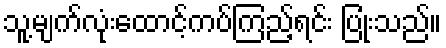
သူ့မျက်လုံးထောင့်ကပ်ကြည့်ရင်း ပြုံးသည်။